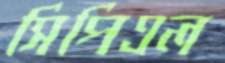
সিপিএল